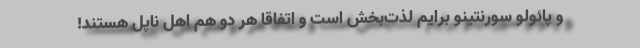
و پائولو سورنتینو برایم لذت‌بخش است و اتفاقا هر دو هم اهل ناپل هستند!